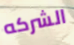
الشركه